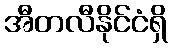
အီတလီနိုင်ငံရှိ